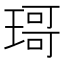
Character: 𱯍